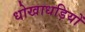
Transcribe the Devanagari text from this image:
धोखाधड़ियों